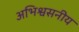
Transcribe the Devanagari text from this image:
अभिश्वसनीय